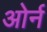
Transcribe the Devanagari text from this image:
ओर्न